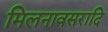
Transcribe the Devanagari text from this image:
मिलनावसरादि